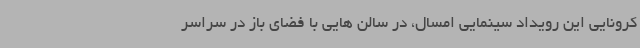
کرونایی این رویداد سینمایی امسال، در سالن هایی با فضای باز در سراسر